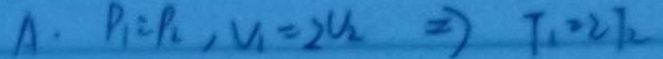
A \cdot P _ { 1 } = P _ { 2 } , V _ { 1 } = 2 U _ { 2 } \Rightarrow T _ { 1 } = 2 T _ { 2 }